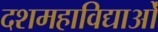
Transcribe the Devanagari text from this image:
दशमहाविद्याओं